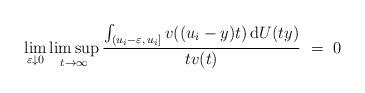
LaTeX: \begin{align*} \lim_{\varepsilon\downarrow 0} \limsup_{t\to\infty}\frac{\int_{(u_i-\varepsilon, \, u_i]}v((u_i-y)t) \, {\rm d}U(ty)}{tv(t)} ~=~ 0\end{align*}